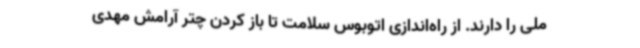
ملی را دارند. از راه‌اندازی اتوبوس سلامت تا باز کردن چتر آرامش مهدی